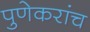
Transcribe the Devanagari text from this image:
पुणेकरांच